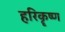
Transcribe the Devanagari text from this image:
हरिकॄष्ण